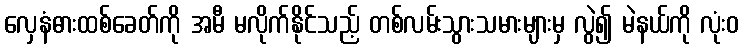
လှေနံဓားထစ်ခေတ်ကို အမီ မလိုက်နိုင်သည့် တစ်လမ်းသွားသမားများမှ လွဲ၍ မဲနယ်ကို လုံးဝ